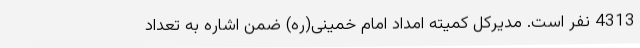
4313 نفر است. مدیرکل کمیته امداد امام خمینی(ره) ضمن اشاره به تعداد